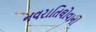
નવરાતિલોવાનો